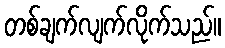
တစ်ချက်လျက်လိုက်သည်။